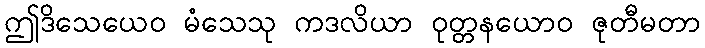
ဤဒိသေယေဝ မံသေသု ကဒလိယာ ဝုတ္တနယောဝ ဇုတီမတာ